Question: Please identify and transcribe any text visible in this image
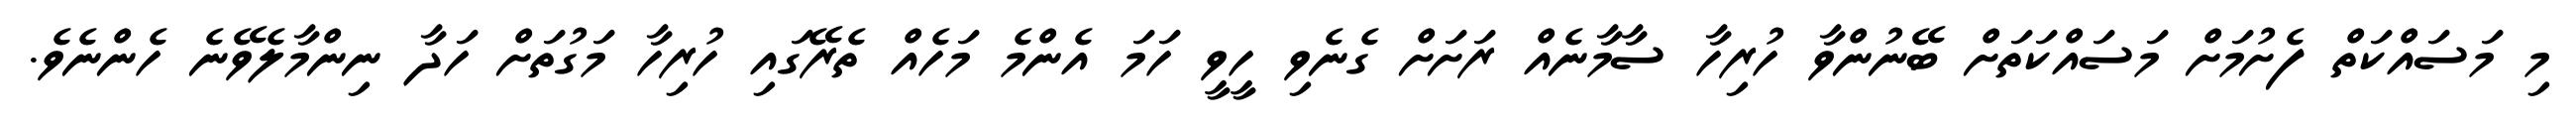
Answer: މި މަސައްކަތް ފެށުމަށް މަސައްކަތަށް ބޭނުންވާ ހުރިހާ ސާމާނެއް ރަށަށް ގެނެވި ހީވީ ހަމަ އެންމެ މަހެއް ތެރޭގައި ހުރިހާ މަގުތަށް ހަދާ ނިންމާލެވޭނެ ހެންނެވެ.